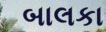
બાલકા